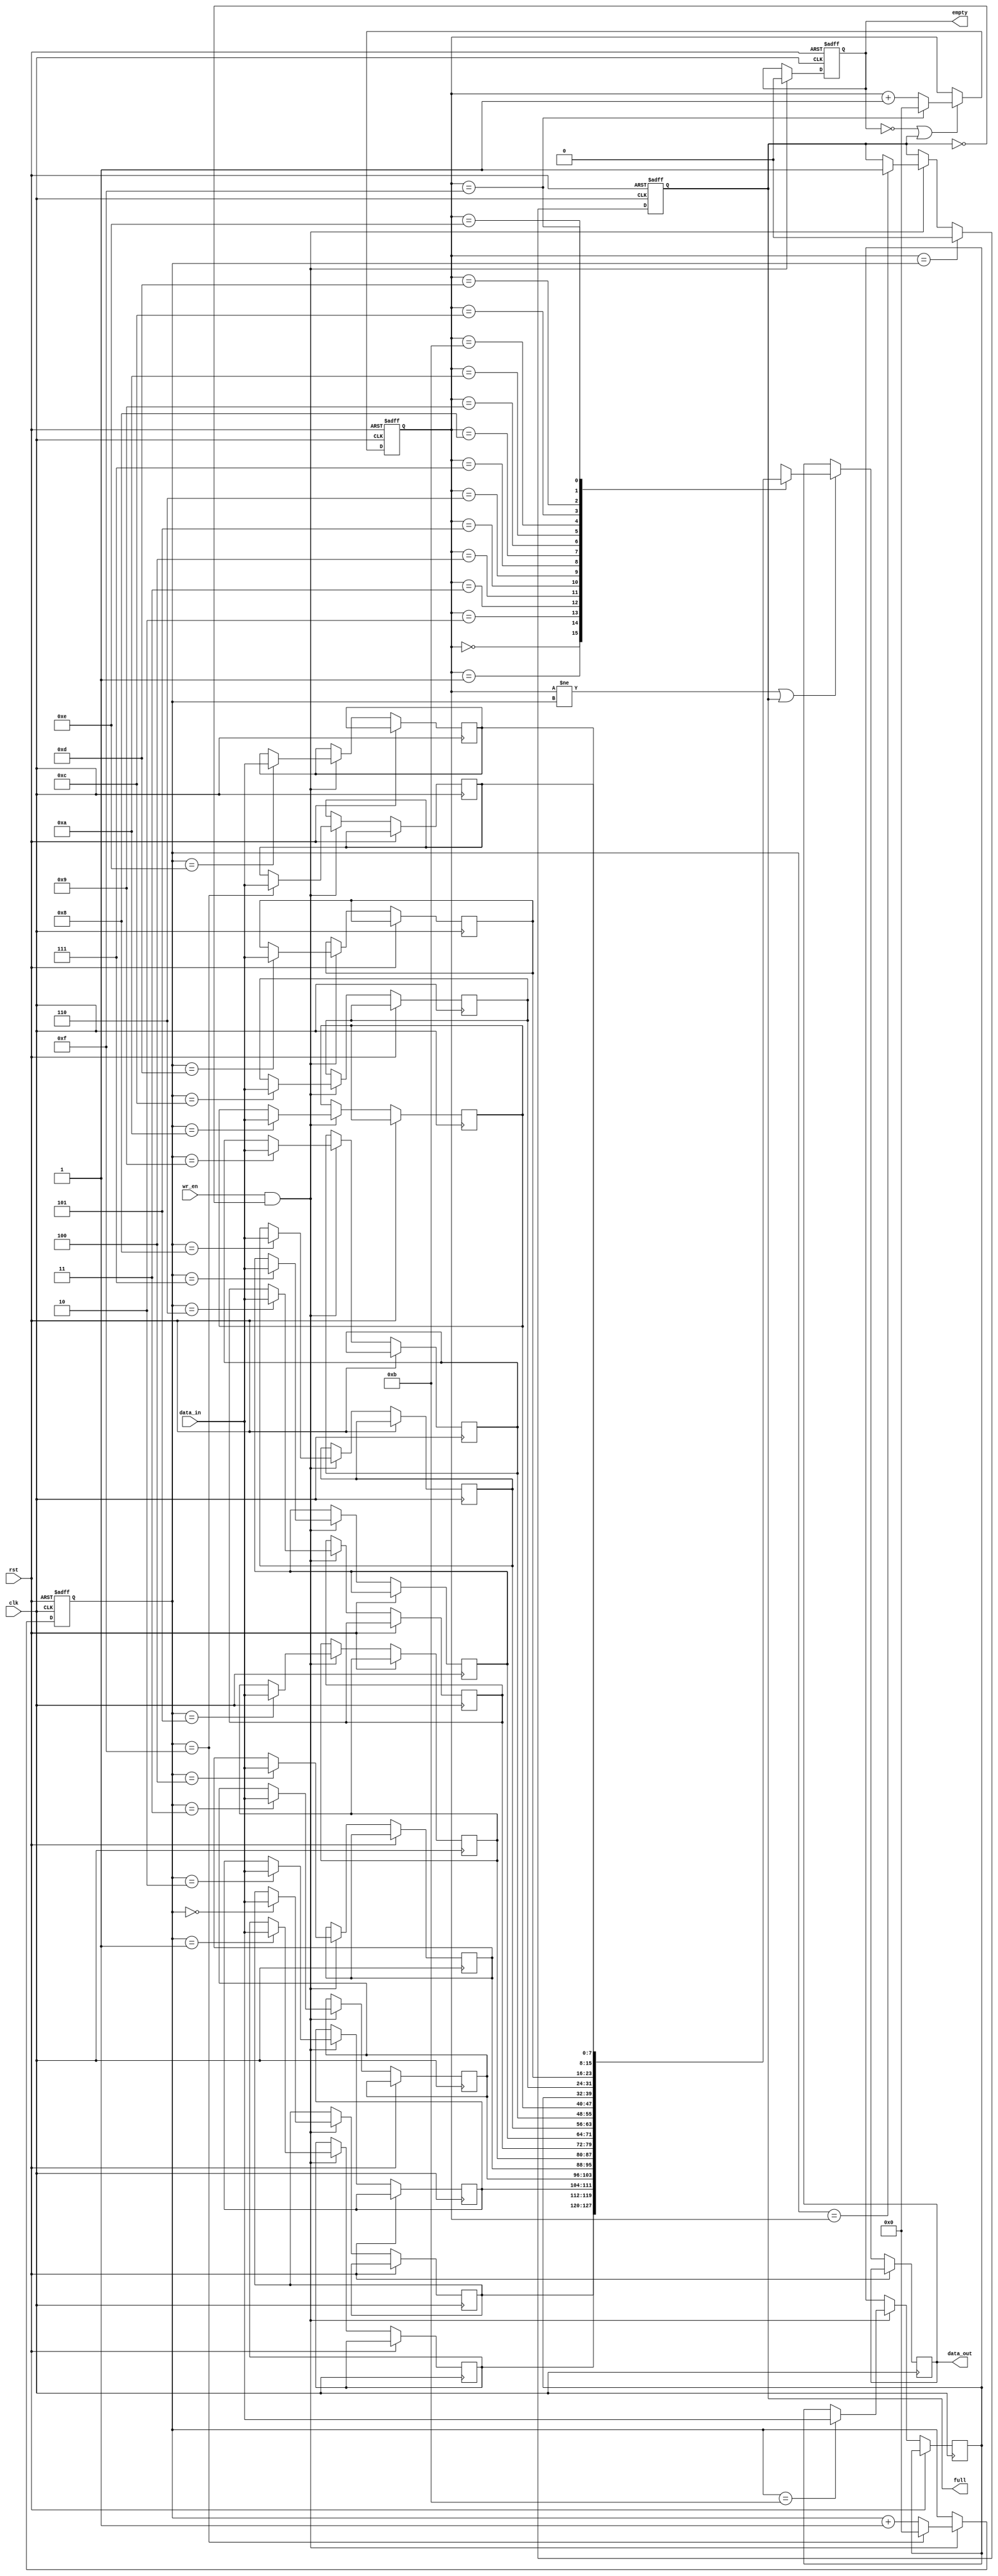
module gray_fifo (
    input wire clk,
    input wire rst,
    input wire wr_en,
    input wire [7:0] data_in,
    output reg [7:0] data_out,
    output reg empty,
    output reg full
);

parameter DEPTH = 16;
reg [7:0] mem [0:DEPTH-1];
reg [3:0] wr_ptr, rd_ptr;

always @(posedge clk or posedge rst) begin
    if (rst) begin
        wr_ptr <= 4'b0000;
        rd_ptr <= 4'b0000;
        empty <= 1'b1;
        full <= 1'b0;
    end else begin
        if (wr_en && !full) begin
            mem[wr_ptr] <= data_in;
            wr_ptr <= (wr_ptr == DEPTH-1) ? 4'b0000 : wr_ptr + 4'b0001;
            empty <= 1'b0;
            if (wr_ptr == rd_ptr)
                full <= 1'b1;
        end
        if (rd_ptr != wr_ptr || full)
            data_out <= mem[rd_ptr];
        if (!empty || full)
            rd_ptr <= (rd_ptr == DEPTH-1) ? 4'b0000 : rd_ptr + 4'b0001;
        if (rd_ptr == wr_ptr)
            full <= 1'b0;
    end
end

endmodule